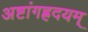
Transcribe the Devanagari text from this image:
अष्टांगह्रदयम्